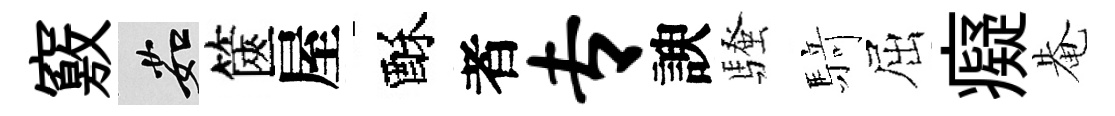
竅茹篋屋酥者专諛騷𮪍屈癡𤲅